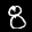
Label: 8